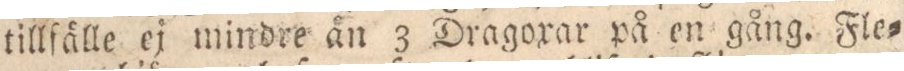
tillfälle ej mindre än 3 Dragoxar på en gång. Fle=